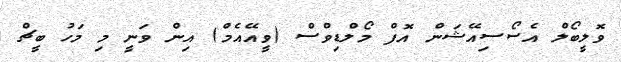
ވޮލީބޯލް އެސޯސިއޭޝަން އޮފް މޯލްޑިވްސް (ވީއޭއެމް) އިން ވަނީ މި މަހު ބީޗް